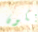
يكون